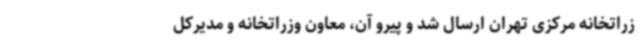
زراتخانه مرکزی تهران ارسال شد و پیرو آن، معاون وزراتخانه و مدیرکل